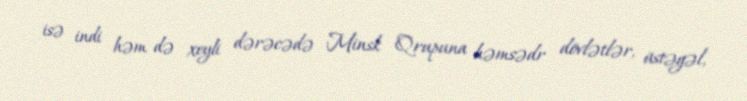
isə indi həm də xeyli dərəcədə Minsk Qrupuna həmsədr dövlətlər, üstəgəl,